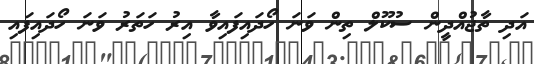
އަދި ތާޖުއްދީން ސުކޫލް ތިން ވަނަ ހޯދައިފައިވާ އިރު ހަތަރު ވަނަ ހޯދައިފައި